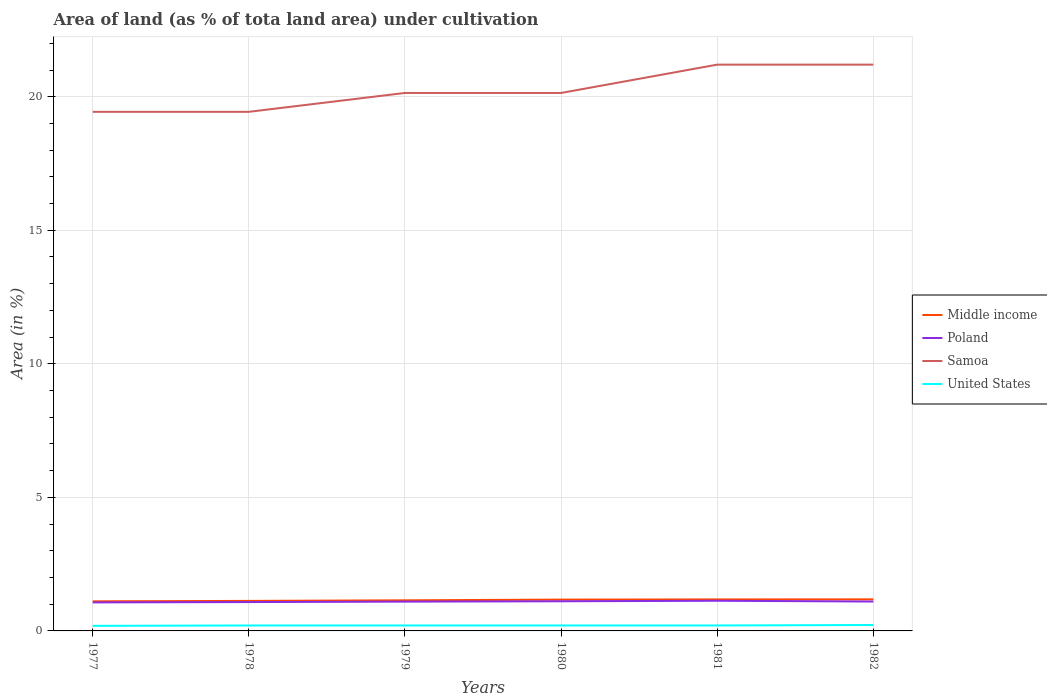
| Years | Middle income | Poland | Samoa | United States |
 | --- | --- | --- | --- | --- |
 | 1977 | 1.11 | 1.07 | 19.4 | 0.19 |
 | 1978 | 1.12 | 1.08 | 19.4 | 0.204 |
 | 1979 | 1.15 | 1.1 | 20.1 | 0.204 |
 | 1980 | 1.17 | 1.11 | 20.1 | 0.204 |
 | 1981 | 1.18 | 1.13 | 21.2 | 0.204 |
 | 1982 | 1.18 | 1.1 | 21.2 | 0.222 |